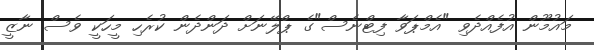
މައުމޫން އުފެއްދެވި "އެމްޕަވާ ފިޓްނެސް"ގެ ޕްލޭނަށް ދަންދެން ކުރެހި މީހަކީ ވެސް ނާޒީ